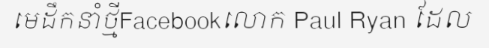
មេដឹកនាំថ្មីFacebookលោក Paul Ryan ដែល